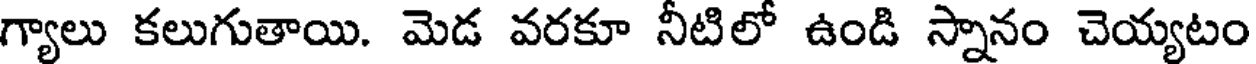
గ్యాలు కలుగుతాయి. మెడ వరకూ నీటిలో ఉండి స్నానం చెయ్యటం